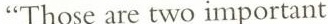
“Those are two important